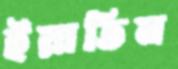
ইয়াতিম